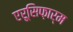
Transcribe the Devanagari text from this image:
एरूसिफ़ार्म